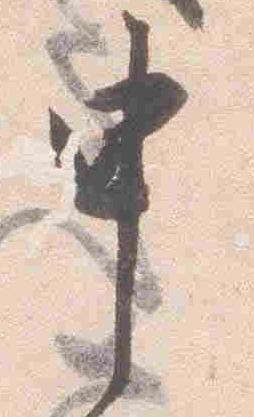
申